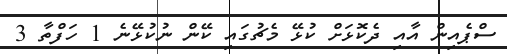
ސްޕެއިން އާއި ދެކޮޅަށް ކުޅޭ މެޗުގައި ކޭން ނުކުޅޭނެ 1 ހަފްތާ 3